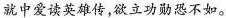
就中爱读英雄传，欲立功勋恐不如。